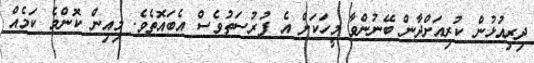
ދިރިއުޅުން ކުރިއަށްދާން ބޭނުންވާ މީހަކަށް އެ ފުރުސަތުވެސް އެބައޮތެވެ. މިއިން ކޮންމެ ކަމެއް